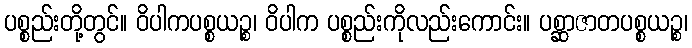
ပစ္စည်းတို့တွင်။ ဝိပါကပစ္စယဉ္စ၊ ဝိပါက ပစ္စည်းကိုလည်းကောင်း။ ပစ္ဆာဇာတပစ္စယဉ္စ၊